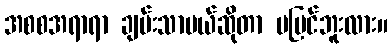
အစစအရာရာ ချမ်းသာမယ်ဆိုတာ မမြင်ဘူးလား။